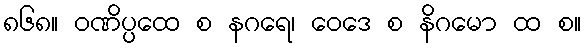
၈၆၈။ ဝဏိပ္ပထေ စ နဂရေ၊ ဝေဒေ စ နိဂမော ထ စ။